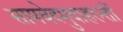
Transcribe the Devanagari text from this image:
सामवेदमुदाहरन्तीं